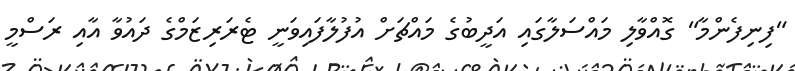
"ފިނިފެންމާ" ގޮއްވާލި މައްސަލާގައި އަދީބުގެ މައްޗަށް އުފުލާފައިވަނީ ޓެރަރިޒަމްގެ ދައުވާ އާއި ރަސްމީ